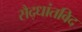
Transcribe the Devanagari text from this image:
सैद्धांतविद